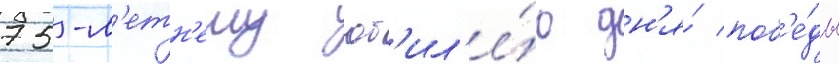
75-л'етн'ему юб'ил'е́ю дн'я́ поб'е́ды